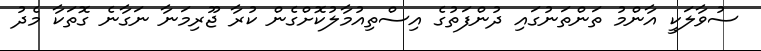
ސުވާލަކީ އާންމު ތަންތަނުގައި ދުންފަތުގެ އިސްތިއުމާލުކޮށްގެން ކުރާ ޖޫރިމަނާ ނަގާނެ ގޮތަކާ މެދު